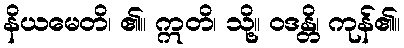
နိယမေတိ၊ ၏။ ဣတိ၊ သို့။ ဝဒန္တိ၊ ကုန်၏။